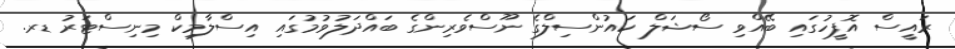
ރައީސް އޮފީހުގައި ބޭއްވި ސޯޝަލް ކައުންސިލްގެ ނޫސްވެރިންގެ ބައްދަލުވުމުގައި އިސްލާމިކް މިނިސްޓަރު ޑރ.